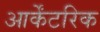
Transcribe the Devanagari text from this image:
आर्केंटरिक